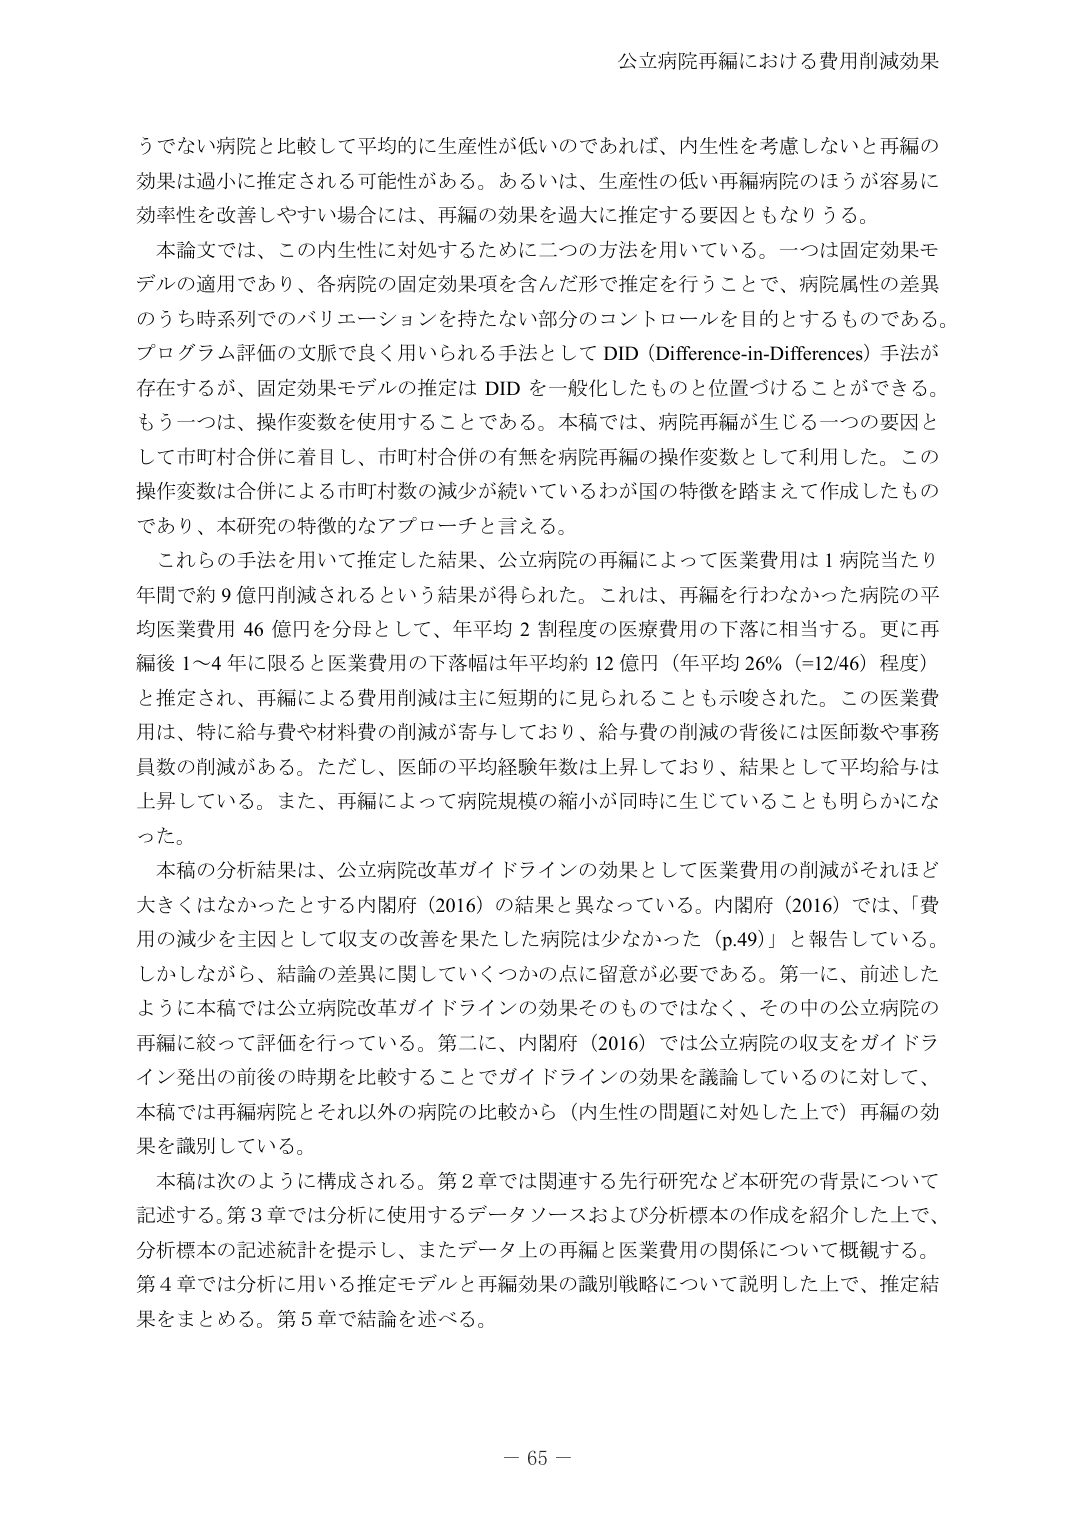
公立病院再編における費用削減効果

うでない病院と比較して平均的に生産性が低いのであれば、内生性を考慮しないと再編の
効果は過小に推定される可能性がある。あるいは、生産性の低い再編病院のほうが容易に
効率性を改善しやすい場合には、再編の効果を過大に推定する要因ともなりうる。
本論文では、この内生性に対処するために二つの方法を用いている。一つは固定効果モ
デルの適用であり、各病院の固定効果項を含んだ形で推定を行うことで、病院属性の差異
のうち時系列でのバリエーションを持たない部分のコントロールを目的とするものである。
プログラム評価の文脈で良く用いられる手法として DID（Difference-in-Differences）手法が
存在するが、固定効果モデルの推定は DID を一般化したものと位置づけることができる。
もう一つは、操作変数を使用することである。本稿では、病院再編が生じる一つの要因と
して市町村合併に着目し、市町村合併の有無を病院再編の操作変数として利用した。この
操作変数は合併による市町村数の減少が続いているわが国の特徴を踏まえて作成したもの
であり、本研究の特徴的なアプローチと言える。
これらの手法を用いて推定した結果、公立病院の再編によって医業費用は１病院当たり
年間で約９億円削減されるという結果が得られた。これは、再編を行わなかった病院の平
均医業費用４６億円を分母として、年平均２割程度の医療費用の下落に相当する。更に再
編後１～４年に限ると医業費用の下落幅は年平均約１２億円（年平均２６％（＝12/46）程度）
と推定され、再編による費用削減は主に短期的に見られることも示唆された。この医業費
用は、特に給与費や材料費の削減が寄与しており、給与費の削減の背後には医師数や事務
員数の削減がある。ただし、医師の平均経験年数は上昇しており、結果として平均給与は
上昇している。また、再編によって病院規模の縮小が同時に生じていることも明らかにな
った。
本稿の分析結果は、公立病院改革ガイドラインの効果として医業費用の削減がそれほど
大きくなかったとする内閣府（2016）の結果と異なっている。内閣府（2016）では、「費
用の減少を主因として収支の改善を果たした病院は少なかった（p.49）」と報告している。
しかしながら、結論の差異に関していくつかの点に留意が必要である。第一に、前述した
ように本稿では公立病院改革ガイドラインの効果そのものではなく、その中の公立病院の
再編に絞って評価を行っている。第二に、内閣府（2016）では公立病院の収支をガイドラ
イン発出の前後の時期を比較することでガイドラインの効果を議論しているのに対して、
本稿では再編病院とそれ以外の病院の比較から（内生性の問題に対処した上で）再編の効
果を識別している。
本稿は次のように構成される。第２章では関連する先行研究など本研究の背景について
記述する。第３章では分析に使用するデータソースおよび分析標本の作成を紹介した上で、
分析標本の記述統計を提示し、またデータ上の再編と医業費用の関係について概観する。
第４章では分析に用いる推定モデルと再編効果の識別戦略について説明した上で、推定結
果をまとめる。第５章で結論を述べる。

－ 65 －